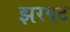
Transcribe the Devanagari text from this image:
झरपट